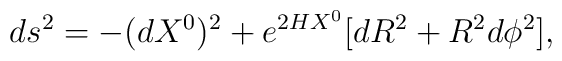
ds^2=-(dX^0)^2+e^{2HX^0}[dR^2+R^2d\phi^2],